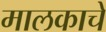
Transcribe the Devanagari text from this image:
मालकाचे